Malaria in the Andamans - Number 56
Disease focus: Malaria
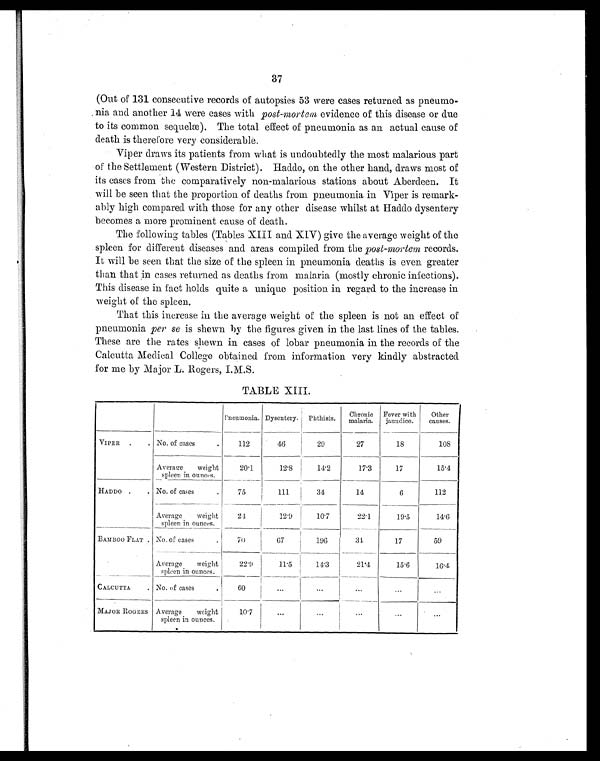
37
(Out of 131 consecutive records of autopsies 53 were cases returned as pneumo-
nia and another 14 were cases with post-mortem evidence of this disease or due
to its common sequelæ). The total effect of pneumonia as an actual cause of
death is therefore very considerable.
Viper draws its patients from what is undoubtedly the most malarious part
of the Settlement (Western District). Haddo, on the other hand, draws most of
its cases from the comparatively non-malarious stations about Aberdeen. It
will be seen that the proportion of deaths from pneumonia in Viper is remark-
ably high compared with those for any other disease whilst at Haddo dysentery
becomes a more prominent cause of death.
The following tables (Tables XIII and XIV) give the average weight of the
spleen for different diseases and areas compiled from the post-mortem records.
It will be seen that the size of the spleen in pneumonia deaths is even greater
than that in cases returned as deaths from malaria (mostly chronic infections).
This disease in fact holds quite a unique position in regard to the increase in
weight of the spleen.
That this increase in the average weight of the spleen is not an effect of
pneumonia per se is shewn by the figures given in the last lines of the tables.
These are the rates shewn in cases of lobar pneumonia in the records of the
Calcutta Medical College obtained from information very kindly abstracted
for me by Major L. Rogers, I.M.S.
TABLE XIII.
Pneumonia. Dysentery. Phthisis. Chronic
malaria.
Fever with
jaundice.
Othe
r c a u s e s .
VIPER
No. of cases
112
46
29
27
18
108
Average weight
spleen in ounces.
20.1
12.8
14.2
17.3
17
15.4
HADDO
No. of cases
75
111
34
14
6
112
Average weight
spleen in ounces.
24
12.9
10.7
22.1
19.5
14.6
BAMBOO FLAT. No. of cases.
70
67
196
34
17
59
Average weight
spleen in ounces.
22.9
11.5
14.3
21.4
15.6
16.4
CALCUTTA
No. of cases
60
...
...
...
...
...
MAJOR ROGERS Average weight
spleen in ounces.
10.7
...
. . .
...
. . .
. . .